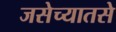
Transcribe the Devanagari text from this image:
जसेच्यातसे